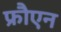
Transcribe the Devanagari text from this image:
फ्रौएन